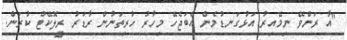
"އާ ރަންވޭ ނިމޭއިރު އަޅުގަނޑުމެން އެބަޖެހޭ މިހާރު ހުރިތަނުން ރާޑަރު ރީލޮކޭޓް ކުރަން.